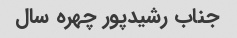
جناب رشیدپور چهره سال